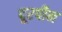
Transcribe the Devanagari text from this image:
दूरपीन